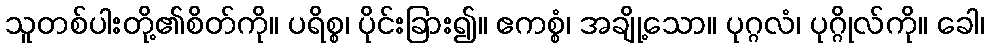
သူတစ်ပါးတို့၏စိတ်ကို။ ပရိစ္စ၊ ပိုင်းခြား၍။ ဧကစ္စံ၊ အချို့သော။ ပုဂ္ဂလံ၊ ပုဂ္ဂိုလ်ကို။ ခေါ၊